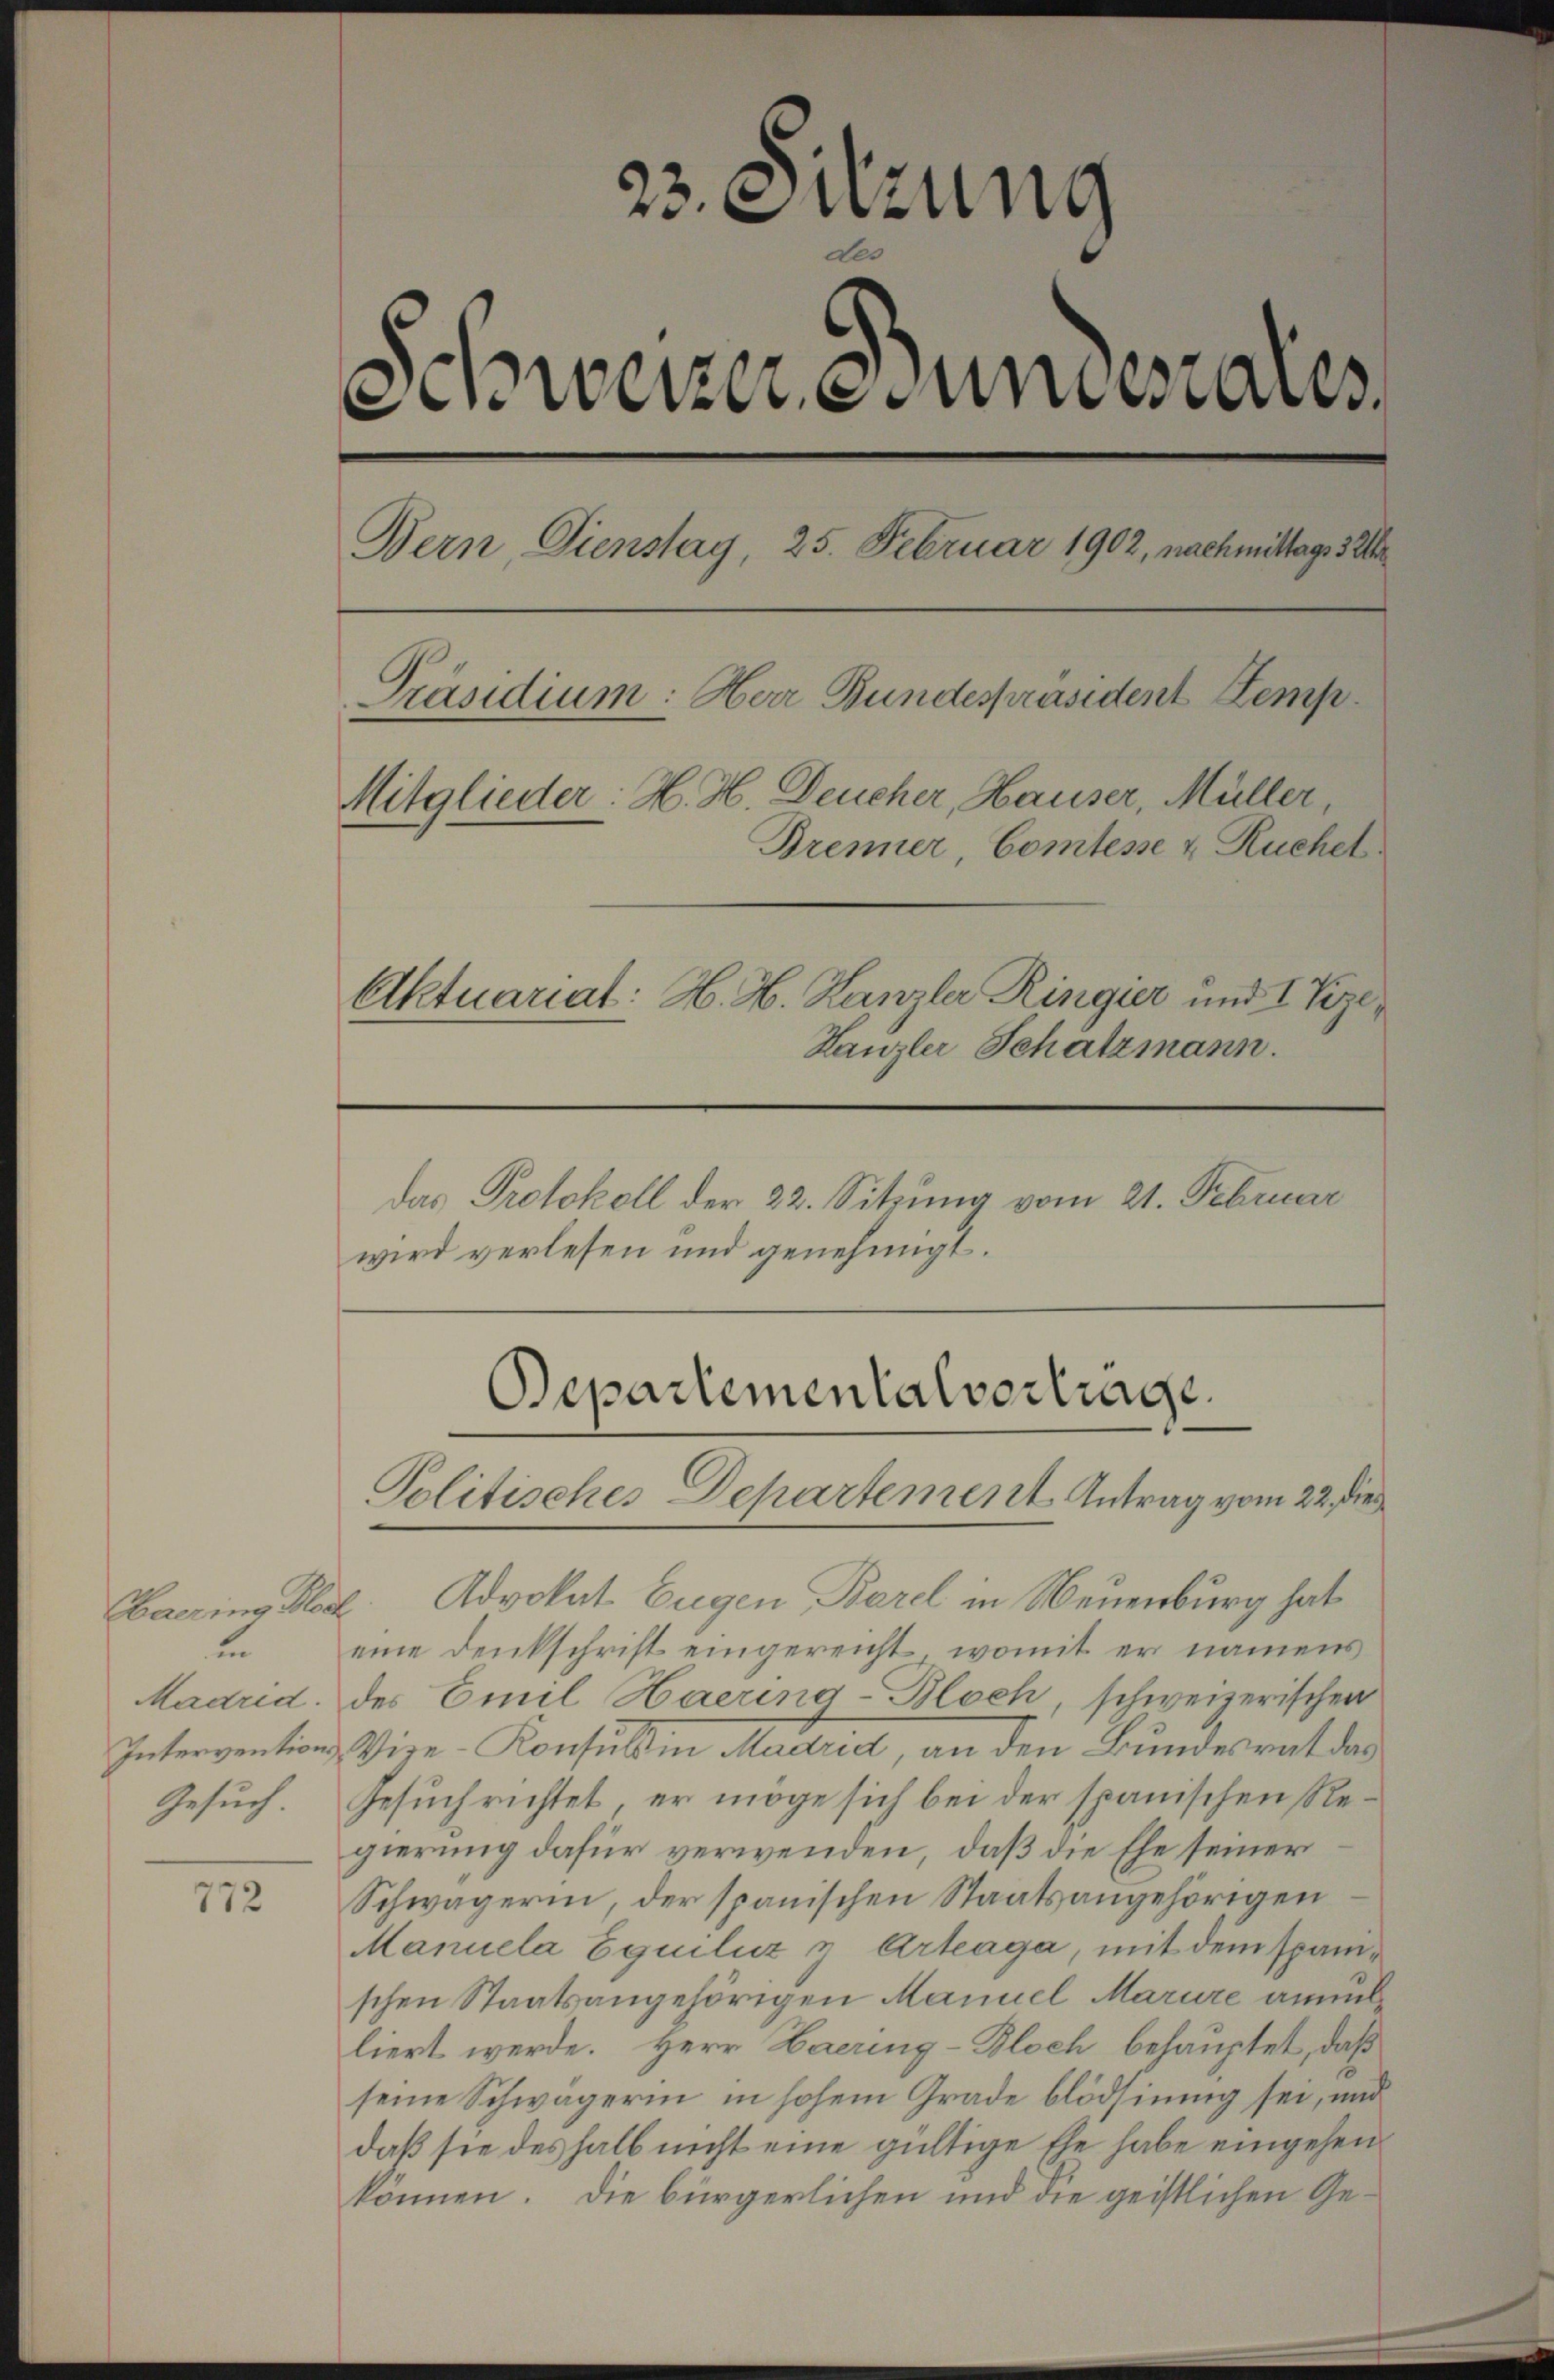
Chaering Rech
in
Gesuch.

772

23. Suzung
eweren unaus
Bern, Dienstag, 25. Februar 1902, nachmittags 32
Präsidium: Herr Bundespräsident Kemp¬
Mitglieder: H. H. Deucher, Hauser, Müller,
Brenner, Comtesse u. Ruchet.
Aktuariat: H. H. Hanzler Ringier und I Vize¬
Kanzler Schatzmann.
das Protokoll der 22. Sitzung vom 21. Februar
wird verlesen und genehmigt.

Departementalvertrage
Politisches Departement Antrag vom 22. die

Advokat Eugen, Barel in Neuenburg hat
eine Denkschrift eingereicht, womit er namens
Madrid, des Emil Haerina-Bloch, schweizerischen
Intervention, Vize-Konsultin Madrid, an den Bundesrat das
Gesuch richtet, er möge sich bei der spanischen Regierung dafür verwenden, daß die Ehe seiner
Schwägerin, der spanischen Staatsangehörigen
Manuela Equiliz & Arteaga, mit dem spanischen Staatsangehörigen Manuel Marure annulliert werde. Herr Haering-Bloch behauptet, daß
seine Schwägerin in hohem Grade blödsinnig sei, und
daß sie deshalb nicht eine gültige Ehe habe eingehen
können. Die bürgerlichen und die geistlichen Ge¬